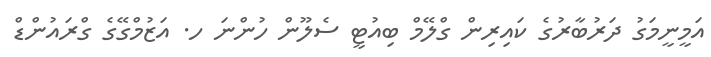
އަމީނީމަގު ދަރުބާރުގެ ކައިރިން ގްލޭމް ބިއުޓީ ސެލޫން ހުންނަ ހ. އަޒުމްގޭގެ ގްރައުންޑް